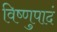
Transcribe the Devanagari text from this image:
विष्णुपादं